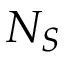
N _ { S }